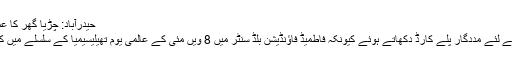
حیدرآباد: چڑیا گھر کا عملہ شہر میں گرم دن میں جانورں کو نہلانے میں مصروف ہے
حیدرآباد: تھیلیسیمیا کے مریضوں کے بچے خون کے عطیہ کے لئے مددگار پلے کارڈ دکھاتے ہوئے کیونکہ فاطمیڈ فاؤنڈیشن بلڈ سنٹر میں 8 ویں مئی کے عالمی یوم تھیلیسیمیا کے سلسلے میں کوویڈ 19 کی وباء کے سبب ڈونرز کی تعداد میں کمی آئی ہے۔